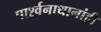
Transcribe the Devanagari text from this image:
पार्श्वनाथानांही